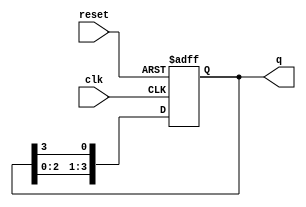
module ring_counter (
    input wire clk,          // Clock signal
    input wire reset,        // Asynchronous reset signal
    output reg [n-1:0] q     // Output state of the ring counter
);
    parameter n = 4;         // Number of flip-flops (change as needed)

    always @(posedge clk or posedge reset) begin
        if (reset) begin
            q <= 1'b1;       // Initialize to state 000...001
        end else begin
            q <= {q[n-2:0], q[n-1]}; // Shift the bits to the right
        end
    end
endmodule